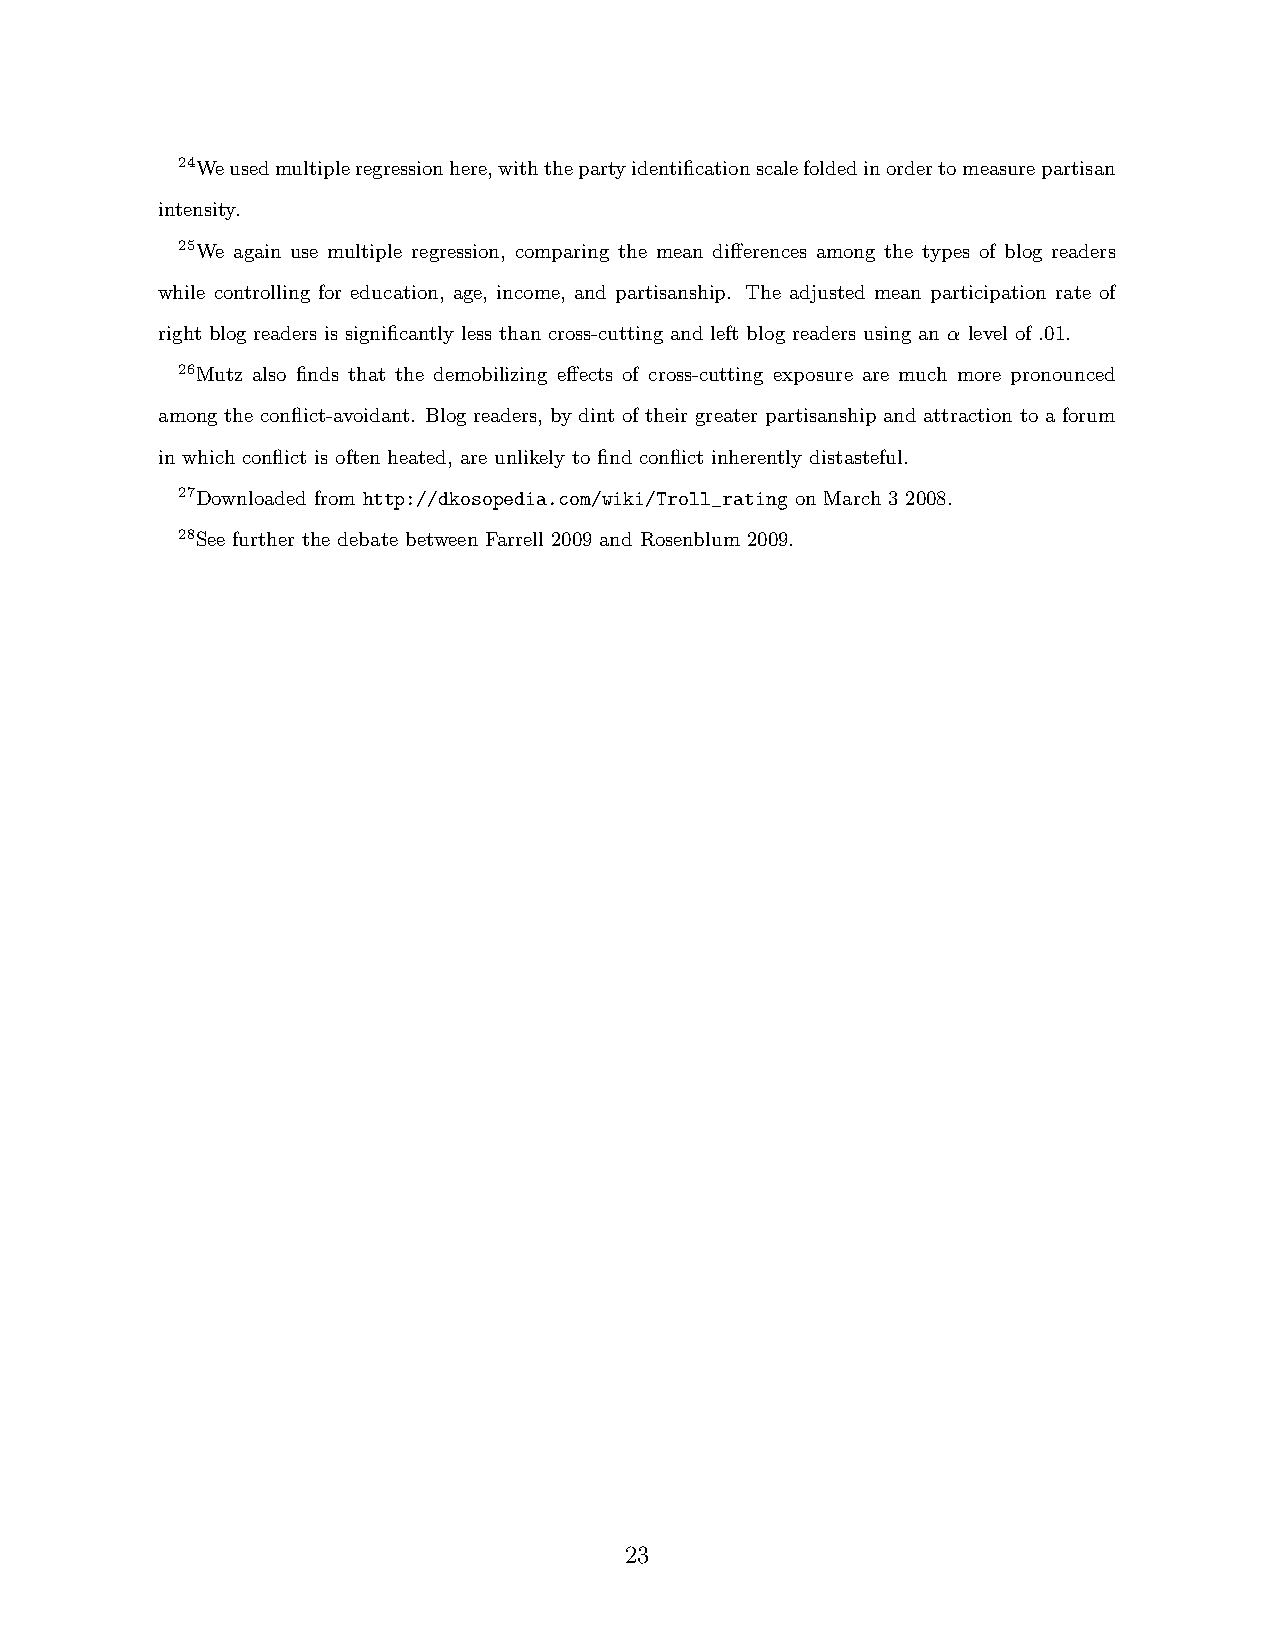
24Weusedmultipleregressionhere,withthepartyidentificationscalefoldedinordertomeasurepartisan
 intensity.
 25We again use multiple regression, comparing the mean differences among the types of blog readers
 while controlling for education, age, income, and partisanship. The adjusted mean participation rate of
 right blog readers is significantly less than cross-cutting and left blog readers using an α level of .01.
 26Mutz also finds that the demobilizing effects of cross-cutting exposure are much more pronounced
 among the conflict-avoidant. Blog readers, by dint of their greater partisanship and attraction to a forum
 in which conflict is often heated, are unlikely to find conflict inherently distasteful.
 27Downloaded from http://dkosopedia.com/wiki/Troll_rating on March 3 2008.
 28See further the debate between Farrell 2009 and Rosenblum 2009.
 23